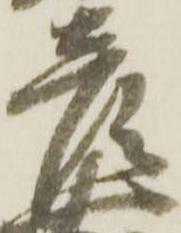
彦